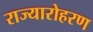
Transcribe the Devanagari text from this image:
राज्यारोहरण